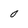
Character: 0